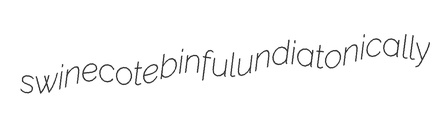
swinecote binful undiatonically